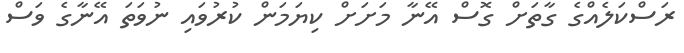
ރަސްކަލެއްގެ ގާތަށް ގޮސް އޭނާ މަށަށް ކިޔަމަން ކުރުވައި ނުވަތަ އޭނާގެ ވަސް